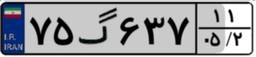
۴۶گ۸۸۱۱۳